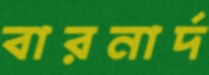
বারনার্দ